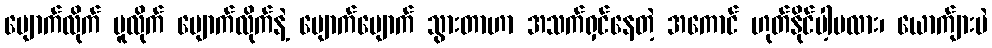
ပျောက်လိုက် ပူလိုက် ပျောက်လိုက်နဲ့ ပျောက်ပျောက် သွားတာဟာ အသက်ရှင်နေတဲ့ အကောင် ဟုတ်နိုင်ပါ့မလား၊ ယောက်ျားပဲ